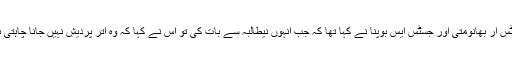
جسٹس آر بھانومتی اور جسٹس ایس بوپنا نے کہا تھا کہ جب انہوں نیطالبہ سے بات کی تو اس نے کہا کہ وہ اتر پردیش نہیں جانا چاہتی ہے۔